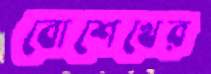
বোশেখের